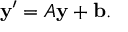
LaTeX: \mathbf { y } ^ { \prime } = A \mathbf { y } + \mathbf { b } .